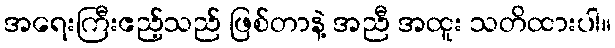
အရေးကြီးဧည့်သည် ဖြစ်တာနဲ့ အညီ အထူး သတိထားပါ။